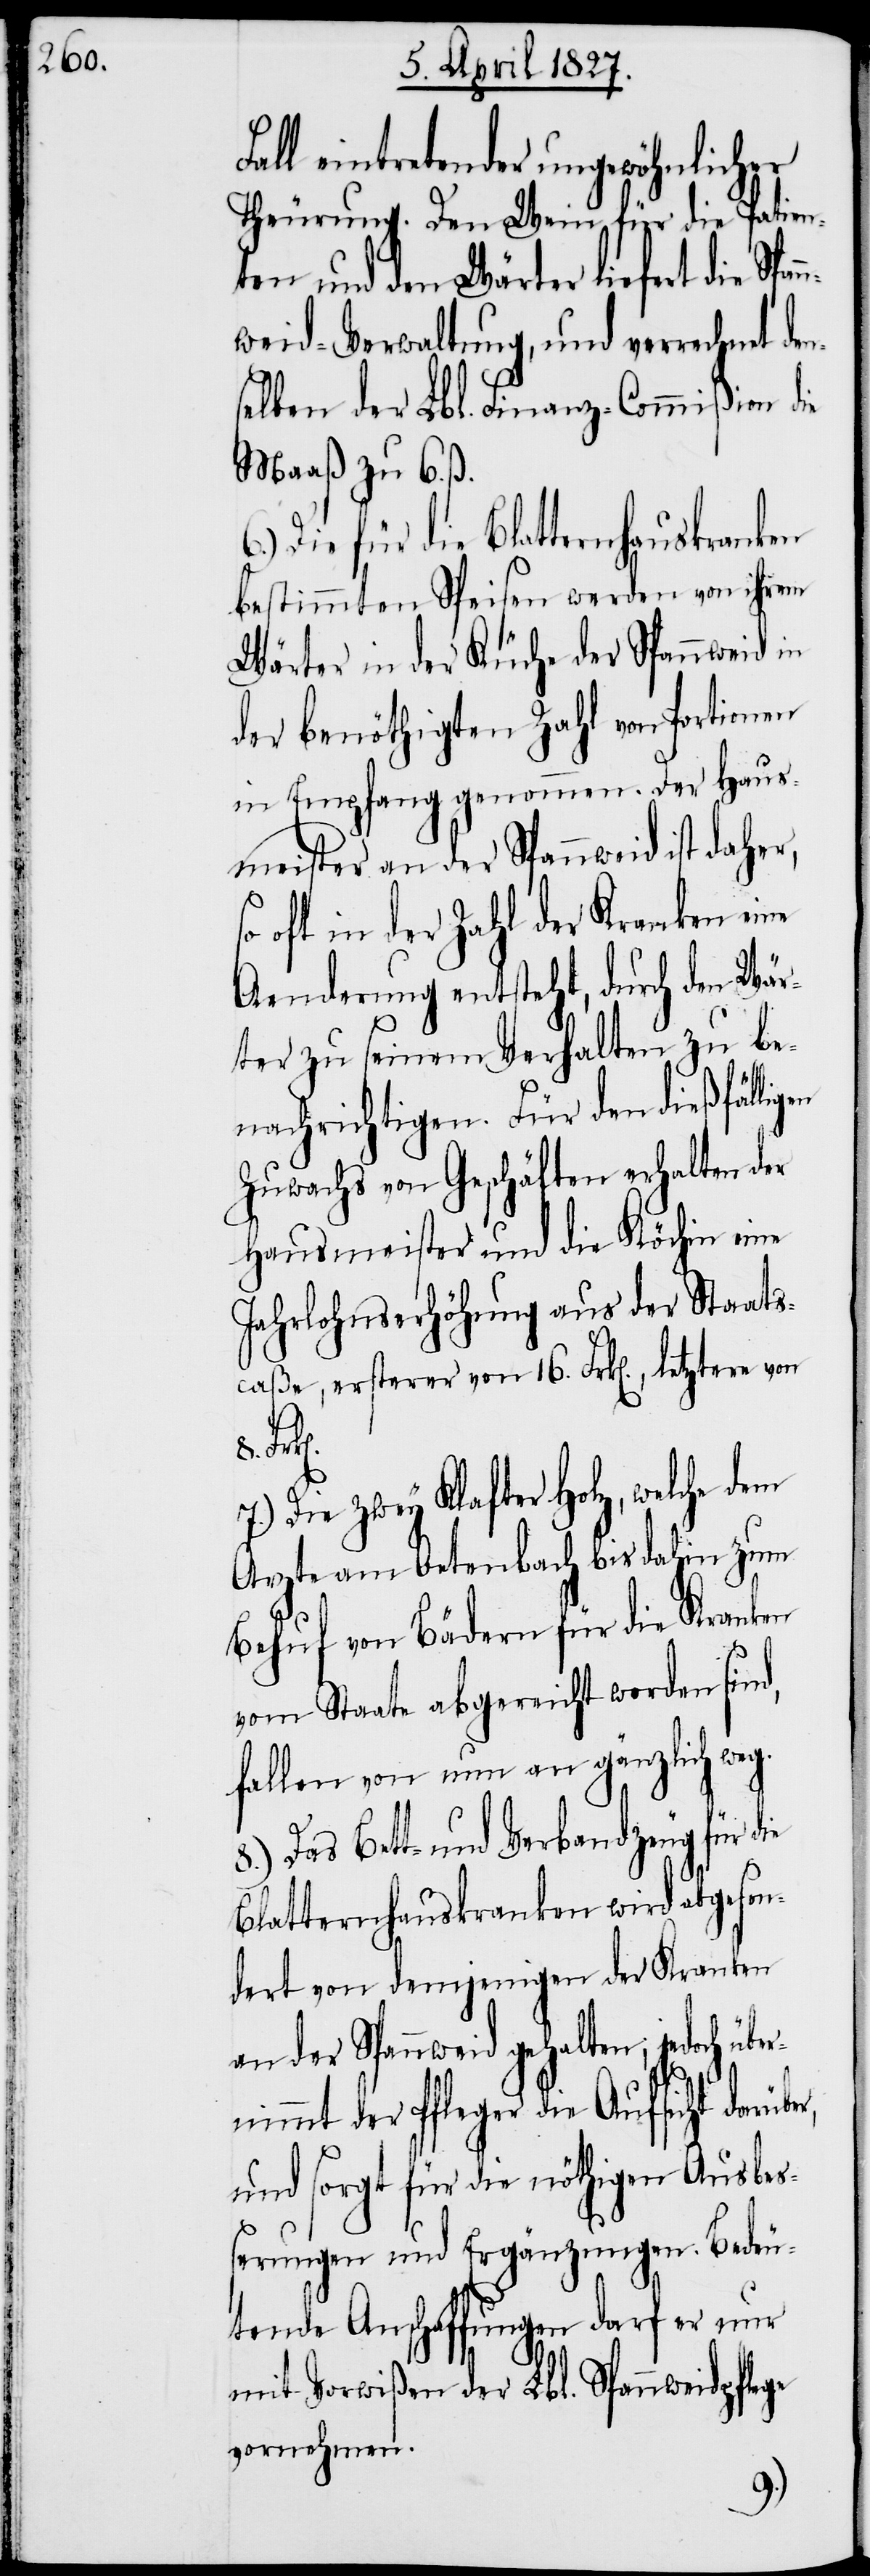
Fall eintretender ungewöhnlicher
Theurung. Den Wein für die Patien¬
ten und den Wärter liefert die Span¬
nweid-Verwaltung, und verrechnet de¬
selben der Lbl. Finanz-Commißion die
Maaß zu 6. ß.
6.) Die für die Blatternhauskranken
bestimmten Speisen werden von ihrem
Wärter in der Küche der Spannweid in
der benöthigten Zahl von Portionen
in Empfang genommen. Der Haus¬
meister an der Spannweid ist daher,
oft in der Zahl der Kranken eine
Aenderung entsteht, durch den Wär¬
ter zu seinem Verhalten zu be¬
nachrichtigen. Für den dießfällig¬
Zuwachs von Geschäften erhalten der
Hausmeister und die Köchin eine
Jahrlohnserhöhung aus der Staats¬
caße, ersterer von 16. Frk[en]., letztere von
Die zwey Klafter Holz, welche dem
Arzte am Oetenbach bis dahin zum
Behuf von Bädern für die Kranken
r,
vom Staate abgereicht worden sind,
fallen von nun an gänzlich weg.
8.) Das Bett- und Verbandzeug für die
Blatternhauskranken wird abgeson¬
dert von demjenigen der Kranken
an der Spannweid gehalten, jedoch übe¬
rnimmt der Pfleger die Aufsicht darübe¬
und sorgt für die nöthigen Ausbes¬
serungen und Ergänzungen. Bedeu¬
tende Anschaffungen darf er nur
mit Vorwißen der Lbl. Spannweidpflege
vornehmen.